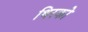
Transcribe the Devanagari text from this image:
थिरको